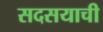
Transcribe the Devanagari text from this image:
सदसयाची